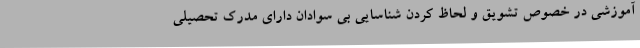
آموزشی در خصوص تشویق و لحاظ کردن شناسایی بی سوادان دارای مدرک تحصیلی